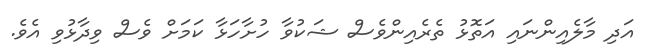
އަދި މާލެއިންނައި އަތޮޅު ތެރެއިންވެސް ޝަކުވާ ހުށާހަޅާ ކަމަށް ވެސް ވިދާޅުވި އެވެ.